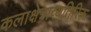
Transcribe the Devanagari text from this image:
कलाक्षेत्राव्यतिरिक्त